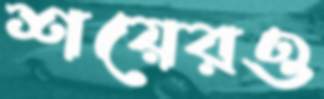
শয়েরও